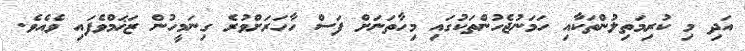
އަދި މި ކުރިމަތިލުންތަކާއި ހަމަނުޖެހުންތަކުގައި މިހާތަނަށް ފަސް ހާހަރަށްވުރެ ގިނަމީހުން ޒަޚަމްވެފައި ވެއެވެ.